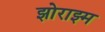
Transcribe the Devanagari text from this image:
झोराझ्म